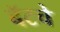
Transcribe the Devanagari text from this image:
बॅटचे